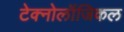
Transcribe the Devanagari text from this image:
टेक्नोलॉजिकल